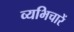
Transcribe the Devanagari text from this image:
व्यभिचारें